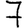
Digit: 7